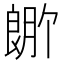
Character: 𬂆